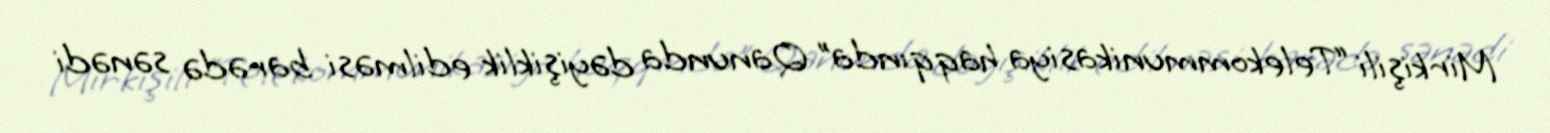
Mirkişili “Telekommunikasiya haqqında” Qanunda dəyişiklik edilməsi barədə sənədi